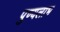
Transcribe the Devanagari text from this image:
पुण्यलाभ